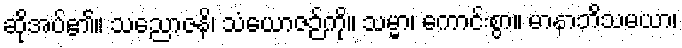
ဆိုအပ်၏။ သညောဇနိ၊ သံယောဇဉ်ကို။ သမ္မာ၊ ကောင်းစွာ။ မာနာဘိသမယာ၊